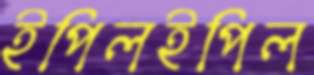
ইপিলইপিল